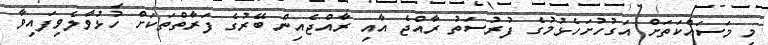
މި މަސައްކަތަށް އަގުހުށަހެޅުމުގެ ފުރުސަތު ރާއްޖެ އާއި ރާއްޖެއިން ބޭރުގެ ފަރާތްތަކަށް ހުޅުވާލެވިފައިވާ